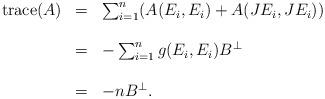
LaTeX: \begin{align*}\begin{array}{lll}\mathrm{trace} (A)&=&\sum_{i=1}^{n}(A(E_i,E_i)+A(JE_i,JE_i))\\\\&=&-\sum_{i=1}^{n}g(E_i,E_i)B^\perp\\\\&=&-n B^\perp.\end{array}\end{align*}